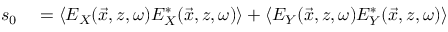
\begin{array} { r l } { s _ { 0 } } & { { } = \left\langle E _ { X } ( \vec { x } , z , \omega ) E _ { X } ^ { * } ( \vec { x } , z , \omega ) \right\rangle + \left\langle E _ { Y } ( \vec { x } , z , \omega ) E _ { Y } ^ { * } ( \vec { x } , z , \omega ) \right\rangle } \end{array}